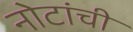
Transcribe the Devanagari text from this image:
नोटांची